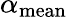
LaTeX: \alpha_{\mathrm{mean}}